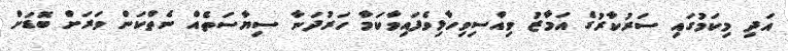
އަދި މިކަމުގައި ސަރުކާރުގެ އަމާޒު ވިއްސިވިހާޅިވެފައިވާކަމާ ހަރުދަނާ ސިޔާސަތެއް ނެތްކަން ވަރަށް ބޮޑަށް